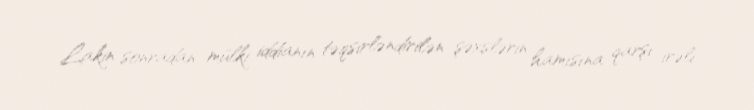
Lakin sonradan mülki iddianın təqsirləndirilən şəxslərin hamısına qarşı irəli